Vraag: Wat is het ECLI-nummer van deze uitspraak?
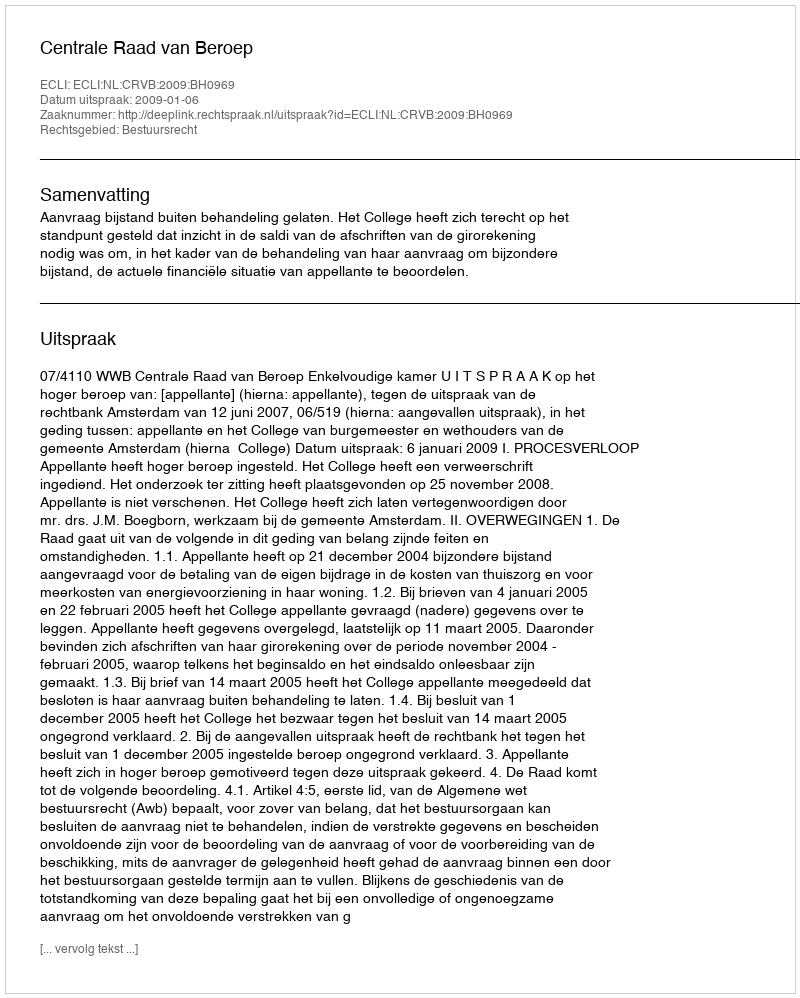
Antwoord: ECLI:NL:CRVB:2009:BH0969